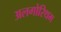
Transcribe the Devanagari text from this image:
अलगोरिथम